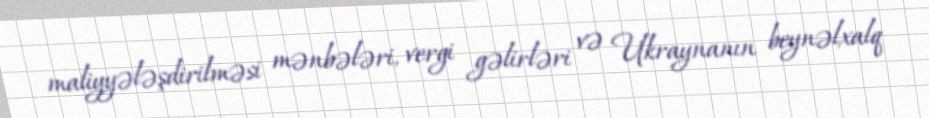
maliyyələşdirilməsi mənbələri, vergi gəlirləri və Ukraynanın beynəlxalq